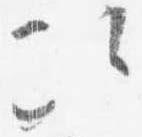
次